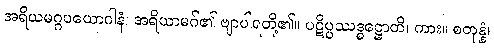
အရိယမဂ္ဂပယောဂါနံ၊ အရိယာမဂ်၏ ဗျာပါရတို့၏။ ပဋိပ္ပဿဒ္ဓဋ္ဌောတိ၊ ကား။ စတုန္နံ၊